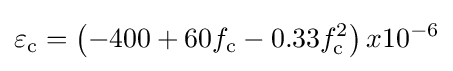
\varepsilon _{\text{c}}={\left(-400+60f_{\text{c}}-0.33f_{\text{c}}^{2}\right)x10^{-6}}